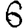
Digit: 6